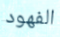
الفهود